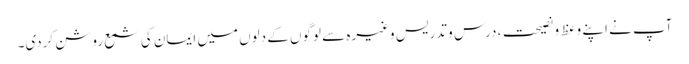
آپ نے اپنے وعظ و نصیحت، درس و تدریس وغیرہ سے لوگوں کے دلوں میں ایمان کی شمع روشن کردی۔